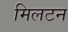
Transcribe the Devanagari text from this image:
मिलटन